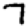
Digit: 7